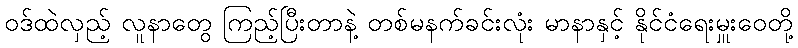
ဝဒ်ထဲလှည့် လူနာတွေ ကြည့်ပြီးတာနဲ့ တစ်မနက်ခင်းလုံး မာနာနှင့် နိုင်ငံရေးမှူးဝေတို့